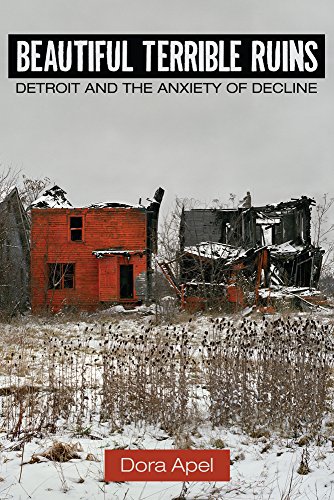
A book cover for Beautiful Terrible Ruins: Detroit and the Anxiety of Decline; Dora Apel; Arts & Photography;